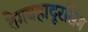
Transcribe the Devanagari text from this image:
तेगबहादूरसिंग